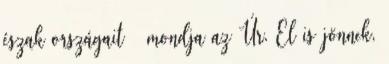
észak országait – mondja az Úr. El is jönnek,